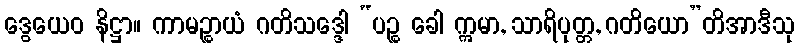
ဒွေယေဝ နိဋ္ဌာ။ ကာမဉ္စာယံ ဂတိသဒ္ဒေါ “ပဉ္စ ခေါ ဣမာ, သာရိပုတ္တ, ဂတိယော”တိအာဒီသု